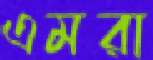
এমরা